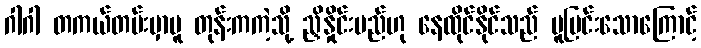
ဂါဂါ တကယ်တမ်းမှာမူ တုန်းကကဲ့သို့ ညှိနှိုင်းမည်ဟု နေထိုင်နိုင်သည် ပူပြင်းသောကြောင့်